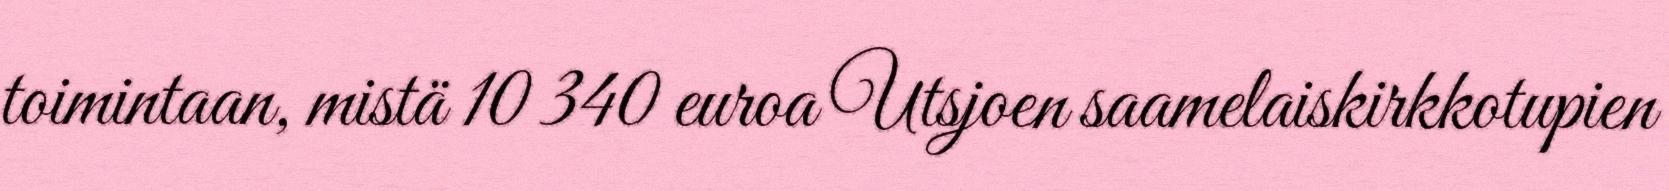
toimintaan, mistä 10 340 euroa Utsjoen saamelaiskirkkotupien